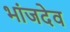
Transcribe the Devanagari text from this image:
भांजदेव